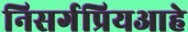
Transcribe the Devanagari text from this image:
निसर्गप्रियआहे